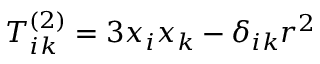
\quad T _ { i k } ^ { ( 2 ) } = 3 x { _ { i } } x { _ { k } } - \delta _ { i k } r ^ { 2 }